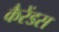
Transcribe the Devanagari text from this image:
कैरेंडस